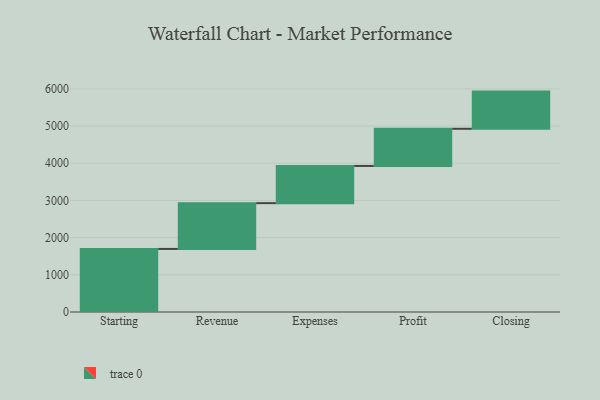
{"axis": {"x": "Step", "y": "Value"}, "legend": [""], "data": [{"x": "Starting", "y": 1696.0, "type": ""}, {"x": "Revenue", "y": 1232.0, "type": ""}, {"x": "Expenses", "y": 1000, "type": ""}, {"x": "Profit", "y": 1000, "type": ""}, {"x": "Closing", "y": 1000, "type": ""}]}